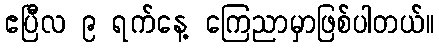
ဧပြီလ ၉ ရက်နေ့ ကြေညာမှာဖြစ်ပါတယ်။